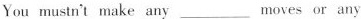
You mustn't make any ___ moves or any